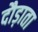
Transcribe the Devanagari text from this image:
दौड़ाता